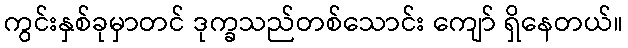
ကွင်းနှစ်ခုမှာတင် ဒုက္ခသည်တစ်သောင်း ကျော် ရှိနေတယ်။